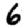
Digit: 6